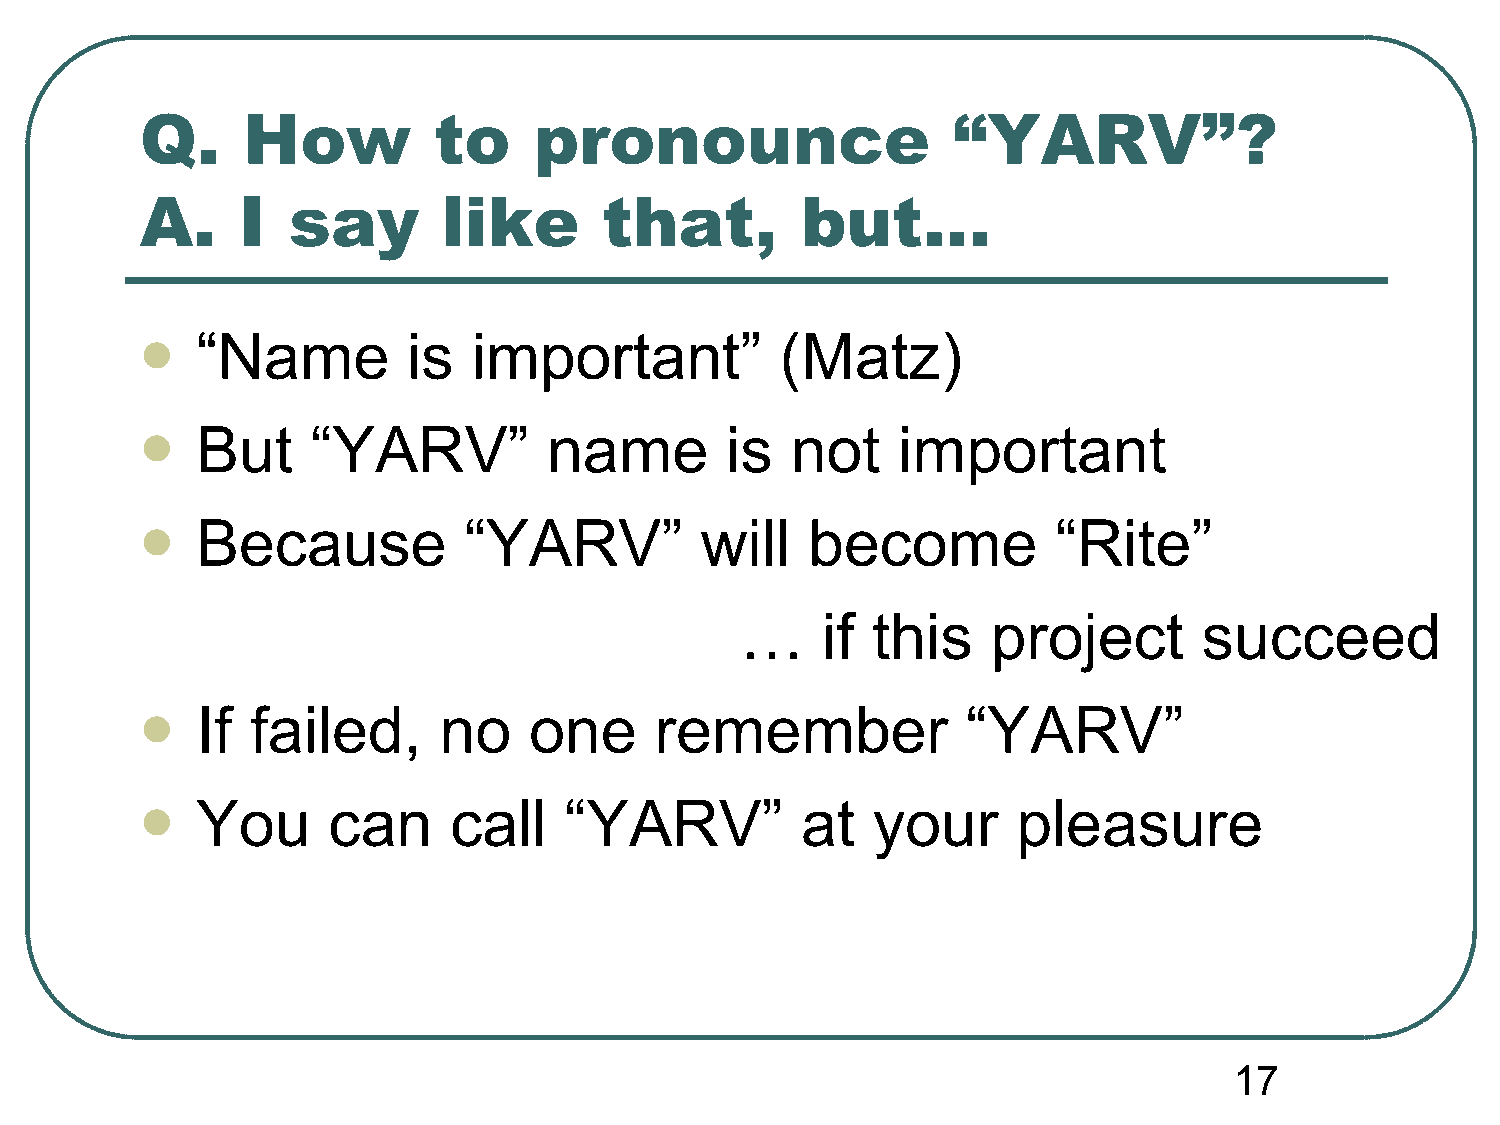
Q.     How          to    pronounce                   “YARV”?
 A.     I  say       like       that,        but…
 “Name         is  important”           (Matz)
 
 But     “YARV”         name        is  not    important
 
 Because           “YARV”         will    become          “Rite”
 
 …    if  this    project       succeed
 If  failed,     no    one     remember             “YARV”
 
 You      can     call   “YARV”          at   your     pleasure
 
 17